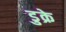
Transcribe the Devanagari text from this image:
डुक्रे